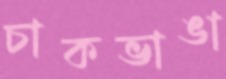
চাকভাঙা